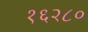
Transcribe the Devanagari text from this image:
१६२८०